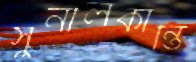
সুনীলকান্তি